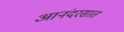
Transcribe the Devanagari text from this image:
आनंदरसात